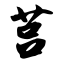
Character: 莒